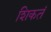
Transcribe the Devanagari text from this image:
शिकतं